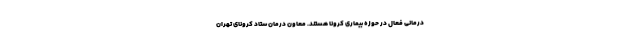
درمانی فعال در حوزه بیماری کرونا هستند. معاون درمان ستاد کرونای تهران